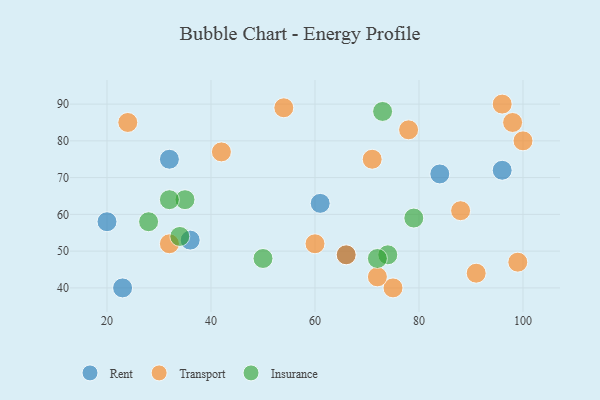
{"axis": {"x": "GDP", "y": "Life Expectancy"}, "legend": ["Insurance", "Rent", "Transport"], "data": [{"x": "61", "y": 63, "type": "Rent"}, {"x": "96", "y": 72, "type": "Rent"}, {"x": "36", "y": 53, "type": "Rent"}, {"x": "20", "y": 58, "type": "Rent"}, {"x": "84", "y": 71, "type": "Rent"}, {"x": "32", "y": 75, "type": "Rent"}, {"x": "66", "y": 49, "type": "Rent"}, {"x": "23", "y": 40, "type": "Rent"}, {"x": "60", "y": 52, "type": "Transport"}, {"x": "71", "y": 75, "type": "Transport"}, {"x": "32", "y": 52, "type": "Transport"}, {"x": "78", "y": 83, "type": "Transport"}, {"x": "42", "y": 77, "type": "Transport"}, {"x": "54", "y": 89, "type": "Transport"}, {"x": "99", "y": 47, "type": "Transport"}, {"x": "75", "y": 40, "type": "Transport"}, {"x": "96", "y": 90, "type": "Transport"}, {"x": "100", "y": 80, "type": "Transport"}, {"x": "91", "y": 44, "type": "Transport"}, {"x": "88", "y": 61, "type": "Transport"}, {"x": "98", "y": 85, "type": "Transport"}, {"x": "24", "y": 85, "type": "Transport"}, {"x": "72", "y": 43, "type": "Transport"}, {"x": "66", "y": 49, "type": "Transport"}, {"x": "73", "y": 88, "type": "Insurance"}, {"x": "74", "y": 49, "type": "Insurance"}, {"x": "28", "y": 58, "type": "Insurance"}, {"x": "79", "y": 59, "type": "Insurance"}, {"x": "34", "y": 54, "type": "Insurance"}, {"x": "35", "y": 64, "type": "Insurance"}, {"x": "50", "y": 48, "type": "Insurance"}, {"x": "32", "y": 64, "type": "Insurance"}, {"x": "72", "y": 48, "type": "Insurance"}]}